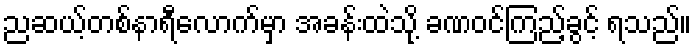
ညဆယ့်တစ်နာရီလောက်မှာ အခန်းထဲသို့ ခဏဝင်ကြည့်ခွင့် ရသည်။